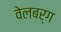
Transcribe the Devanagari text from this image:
वेलबर्ग